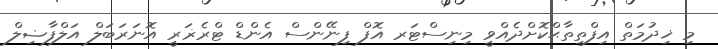
މި ޚިދުމަތް އިފްތިތާޙްކޮށްދެއްވީ މިނިސްޓަރ އޮފް ފިނޭންސް އެންޑް ޓްރެޜަރީ އޮނަރަބަލް އަލްފާޟިލް